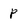
Character: p